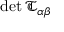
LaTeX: \operatorname* { d e t } { \mathfrak { T } } _ { \alpha \beta }